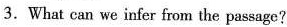
3.What can we infer from the passage?